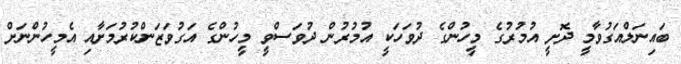
ބައިނަލްއަގުވާމީ ދޮށީ އުމުރުގެ މީހުންގެ ދުވަހަކީ އުމުރުން ދުވަސްވީ މީހުންގެ އަގުވަޒަންކުރުމަށާއި އެމީހުންނަށް